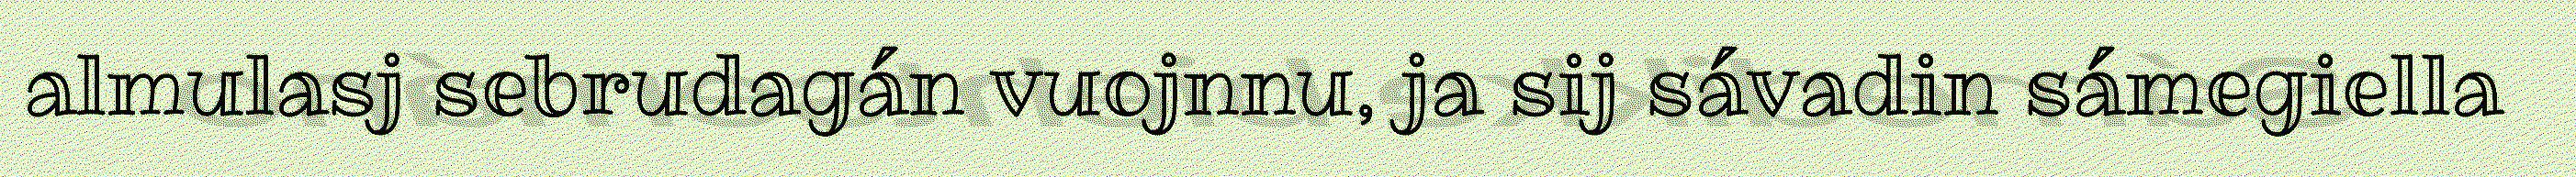
almulasj sebrudagán vuojnnu, ja sij sávadin sámegiella